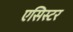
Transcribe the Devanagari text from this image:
एसिस्टर